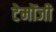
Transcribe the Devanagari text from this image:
टेमोंजी